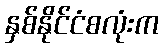
နှစ်နိုင်ငံစလုံးက